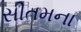
સીતમના